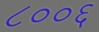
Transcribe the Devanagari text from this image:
८००६